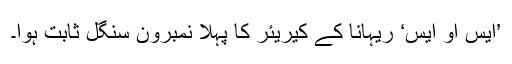
’ایس او ایس‘ ریہانا کے کیریئر کا پہلا نمبروَن سنگل ثابت ہوا۔